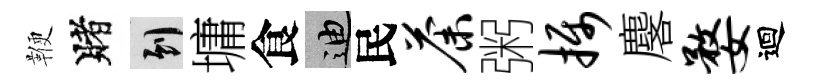
鞭賭到墉食迪民荼粥摄麐婺迴